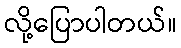
လို့ပြောပါတယ်။